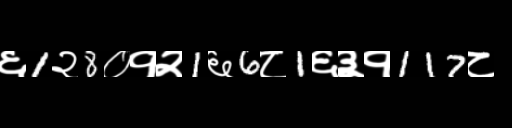
Text: ६1२8०१२1६6८1६३१117८